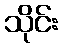
သိုင်း